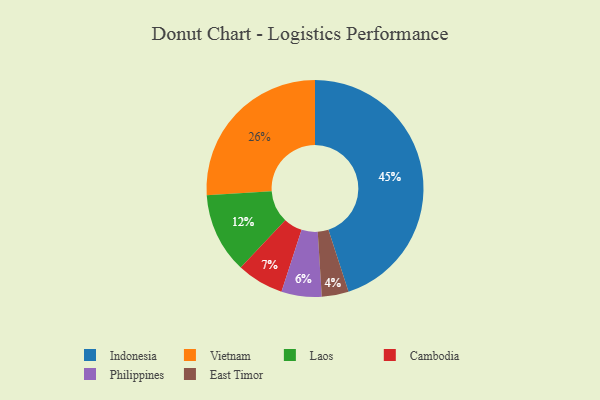
{"axis": {"x": "Category", "y": "Percentage"}, "legend": ["Cambodia", "East Timor", "Indonesia", "Laos", "Philippines", "Vietnam"], "data": [{"x": "Philippines", "y": 6, "type": "Philippines"}, {"x": "Indonesia", "y": 45, "type": "Indonesia"}, {"x": "Laos", "y": 12, "type": "Laos"}, {"x": "Cambodia", "y": 7, "type": "Cambodia"}, {"x": "East Timor", "y": 4, "type": "East Timor"}, {"x": "Vietnam", "y": 26, "type": "Vietnam"}]}